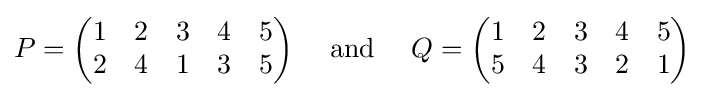
P={\begin{pmatrix}1&2&3&4&5\\2&4&1&3&5\end{pmatrix}}\quad {\text{  and  }}\quad Q={\begin{pmatrix}1&2&3&4&5\\5&4&3&2&1\end{pmatrix}}